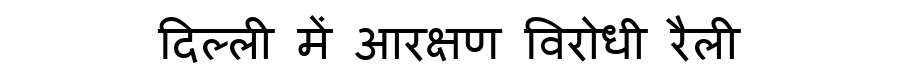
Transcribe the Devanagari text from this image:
दिल्ली में आरक्षण विरोधी रैली